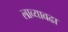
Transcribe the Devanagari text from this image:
लाव्यावढा